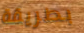
بطريقة